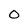
Character: O